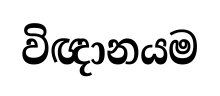
විඥානයම